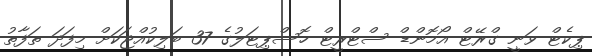
ޕިކެޓް ވަނީ ގްރޭޓް އޯމޮންޑް ސްޓްރީޓް ހޮސްޕިޓަލުގެ 37 ބަލިކުއްޖަކަށް މިފަދަ ތަފާތު